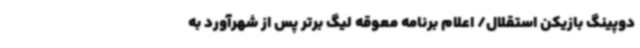
دوپینگ بازیکن استقلال/ اعلام برنامه معوقه لیگ برتر پس از شهرآورد به